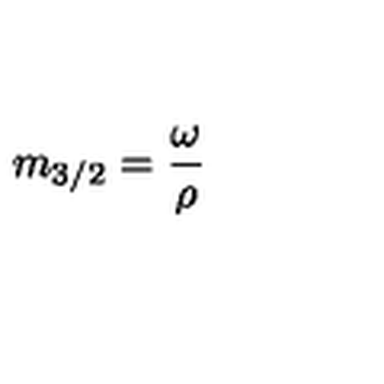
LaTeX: m _ { 3 / 2 } = \frac { \omega } { \rho }